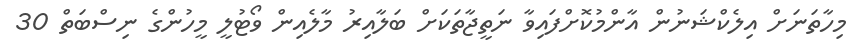
މިހާތަނަށް އިލެކްޝަނުން އާންމުކޮށްފައިވާ ނަތީޖާތަކަށް ބަލާއިރު މާލެއިން ވޯޓުލީ މީހުންގެ ނިސްބަތް 30